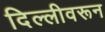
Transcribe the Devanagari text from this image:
दिल्लीवरून